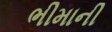
ભીમાની